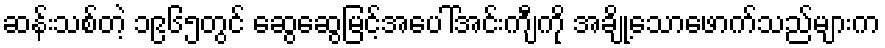
ဆန်းသစ်တဲ့ ၁၉၆၅တွင် ဆွေဆွေမြင့်အပေါ်အင်းကျီကို အချို့သောဖောက်သည်များက